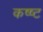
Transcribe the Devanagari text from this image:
कष्ष्ट